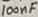
Text: 100nF